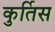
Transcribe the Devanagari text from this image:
कुर्तिस